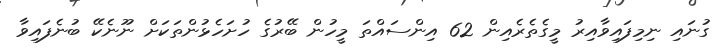
ގުނައި ނިމިފައިވާއިރު މީގެތެރެއިން 62 އިންސައްތަ މީހުން ބޭރުގެ ހުށަހެޅުންތަކަށް ނޫނެކޭ ބުނެފައިވާ